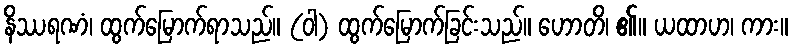
နိဿရဏံ၊ ထွက်မြောက်ရာသည်။ (ဝါ) ထွက်မြောက်ခြင်းသည်။ ဟောတိ၊ ၏။ ယထာဟ၊ ကား။